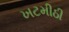
ખટમીઠી